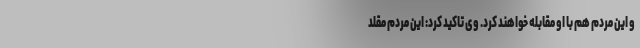
و این مردم هم با او مقابله خواهند کرد. وی تاکید کرد: این مردم مقلد